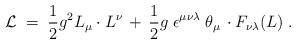
LaTeX: \begin{align*}{\cal L}\;=\; \frac{1}{2} g^2 L_{\mu} \cdot L^{\nu}\,+\, \frac{1}{2}g \;\epsilon^{\mu \nu \lambda} \;\theta_{\mu} \,\cdot F_{\nu \lambda}(L) \;.\end{align*}